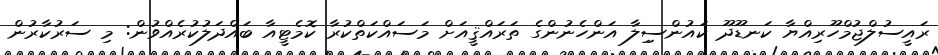
ރައީސުލްޖުމްހޫރިއްޔާ ކަނޑޫދޫ ކައުންސިިލާ އަންހެނުންގެ ތަރައްޤީއަށް މަސައްކަތްކުރާ ކޮމެޓީއާ ބައްދަލުކުރެއްވުން: މި ސަރުކާރުން